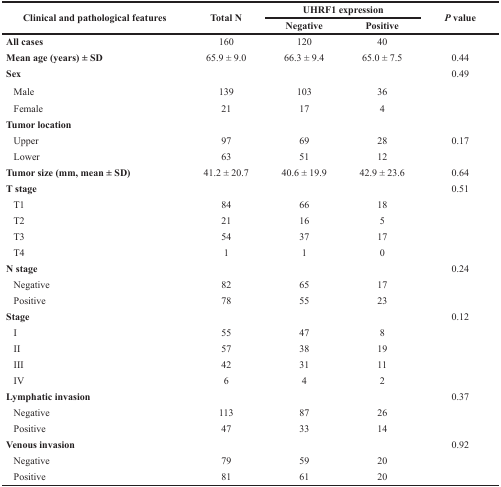
| <ROWSPAN=2> Clinical and pathological features | <ROWSPAN=2> Total N | <COLSPAN=2> UHRF1 expression | <ROWSPAN=2> P value |
 | Negative | Positive |
 | --- | --- | --- | --- | --- |
 | All cases | 160 | 120 | 40 |  |
 | Mean age (years) ± SD | 65.9 ± 9.0 | 66.3 ± 9.4 | 65.0 ± 7.5 | 0.44 |
 | Sex |  |  |  | 0.49 |
 | Male | 139 | 103 | 36 |  |
 | Female | 21 | 17 | 4 |  |
 | Tumor location |  |  |  |  |
 | Upper | 97 | 69 | 28 | 0.17 |
 | Lower | 63 | 51 | 12 |  |
 | Tumor size (mm, mean ± SD) | 41.2 ± 20.7 | 40.6 ± 19.9 | 42.9 ± 23.6 | 0.64 |
 | T stage |  |  |  | 0.51 |
 | T1 | 84 | 66 | 18 |  |
 | T2 | 21 | 16 | 5 |  |
 | T3 | 54 | 37 | 17 |  |
 | T4 | 1 | 1 | 0 |  |
 | N stage |  |  |  | 0.24 |
 | Negative | 82 | 65 | 17 |  |
 | Positive | 78 | 55 | 23 |  |
 | Stage |  |  |  | 0.12 |
 | I | 55 | 47 | 8 |  |
 | II | 57 | 38 | 19 |  |
 | III | 42 | 31 | 11 |  |
 | IV | 6 | 4 | 2 |  |
 | Lymphatic invasion |  |  |  | 0.37 |
 | Negative | 113 | 87 | 26 |  |
 | Positive | 47 | 33 | 14 |  |
 | Venous invasion |  |  |  | 0.92 |
 | Negative | 79 | 59 | 20 |  |
 | Positive | 81 | 61 | 20 |  |